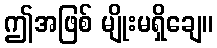
ဤအဖြစ် မျိုးမရှိချေ။